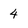
Character: 4